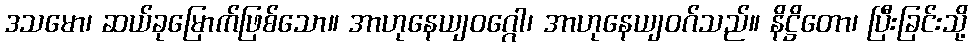
ဒသမော၊ ဆယ်ခုမြောက်ဖြစ်သော။ အာဟုနေယျဝဂ္ဂေါ၊ အာဟုနေယျဝဂ်သည်။ နိဋ္ဌိတော၊ ပြီးခြင်းသို့